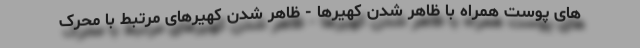
های پوست همراه با ظاهر شدن کهیرها - ظاهر شدن کهیرهای مرتبط با محرک